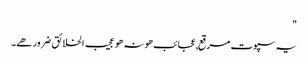
"
یہ سپوت مرقع,عجائب ھو نہ ھو عجیب الخلائق ضرور ھے۔